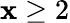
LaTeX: \mathbf{x}\geq2